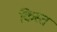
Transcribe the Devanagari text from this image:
क्रिस्त